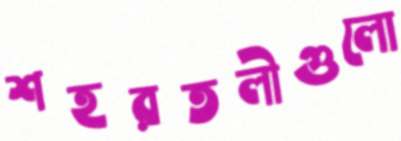
শহরতলীগুলো